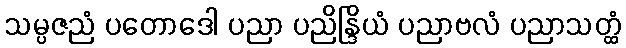
သမ္ပဇညံ ပတောဒေါ ပညာ ပညိန္ဒြိယံ ပညာဗလံ ပညာသတ္ထံ